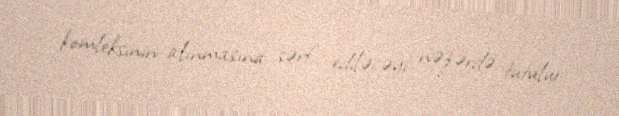
komleksinin alınmasına sərf ediləcəyi nəzərdə tutulur.